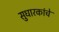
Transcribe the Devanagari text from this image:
सुधारकांचे